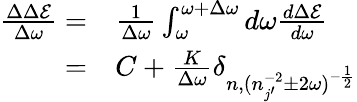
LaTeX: \begin{array}{rl}{\frac{\Delta\Delta\mathcal{E}}{\Delta\omega}=}&{{}\frac{1}{\Delta\omega}\int_{\omega}^{\omega+\Delta\omega}d\omega\frac{d\Delta\mathcal{E}}{d\omega}}\\ {=}&{{}C+\frac{K}{\Delta\omega}\delta_{n,(n_{j^{\prime}}^{-2}\pm 2\omega)^{-\frac{1}{2}}}}\end{array}